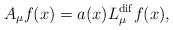
LaTeX: \begin{align*}A_{\mu}f(x)=a(x) L_{\mu}^{\rm dif}f(x),\end{align*}